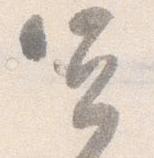
宜